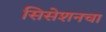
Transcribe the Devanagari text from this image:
सिसेशनचा